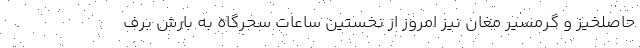
حاصلخیز و گرمسیر مغان نیز امروز از نخستین ساعات سحرگاه به بارش برف